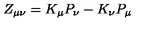
Z _ { \mu \nu } = K _ { \mu } P _ { \nu } - K _ { \nu } P _ { \mu }